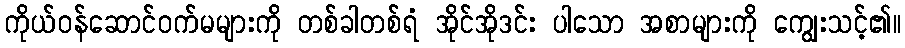
ကိုယ်ဝန်ဆောင်ဝက်မများကို တစ်ခါတစ်ရံ အိုင်အိုဒင်း ပါသော အစာများကို ကျွေးသင့်၏။